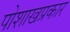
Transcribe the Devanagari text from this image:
पोशाखप्रकार